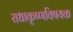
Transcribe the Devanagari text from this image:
राधाकृष्णविषयक